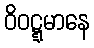
ဝိဝဋ္ဋမာနေ